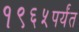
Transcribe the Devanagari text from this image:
१९६५पर्यंत